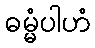
ဓမ္မံပါဟံ